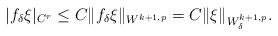
LaTeX: \begin{align*}|f_\delta\xi|_{C^r}\leq C\|f_\delta\xi\|_{W^{k+1,p}}=C \| \xi\|_{W^{k+1,p}_\delta}.\end{align*}